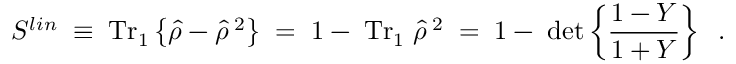
S ^ { l i n } \; \equiv \; \mathrm { T r } _ { 1 } \left\{ \hat { \rho } - \hat { \rho } ^ { \; 2 } \right\} \; = \; 1 - \; \mathrm { T r } _ { 1 } \; \hat { \rho } ^ { \; 2 } \; = \; 1 - \; \operatorname * { d e t } \left\{ \frac { 1 - Y } { 1 + Y } \right\} \; \; .